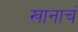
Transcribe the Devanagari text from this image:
खानाचं